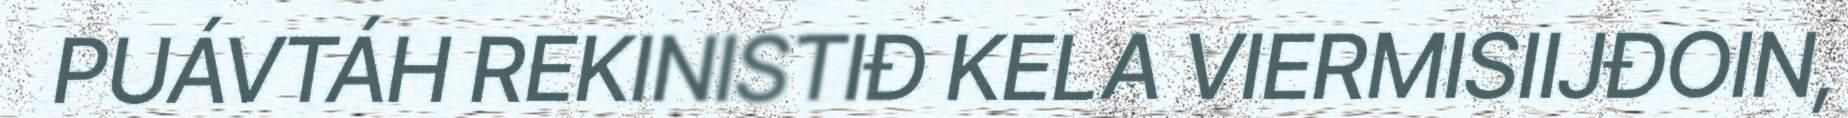
PUÁVTÁH REKINISTIĐ KELA VIERMISIIJĐOIN,